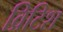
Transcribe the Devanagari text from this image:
व्रिटिश